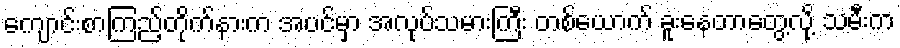
ကျောင်းစာကြည့်တိုက်နားက အပင်မှာ အလုပ်သမားကြီး တစ်ယောက် ခူးနေတာတွေ့လို့ သမီးက